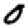
Digit: 0